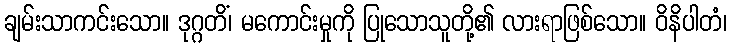
ချမ်းသာကင်းသော။ ဒုဂ္ဂတိံ၊ မကောင်းမှုကို ပြုသောသူတို့၏ လားရာဖြစ်သော။ ဝိနိပါတံ၊